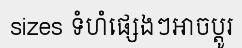
sizes ទំហំផ្សេងៗអាចប្តូរ